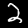
Digit: 2